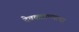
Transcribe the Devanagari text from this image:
देवकप्राण्याचा